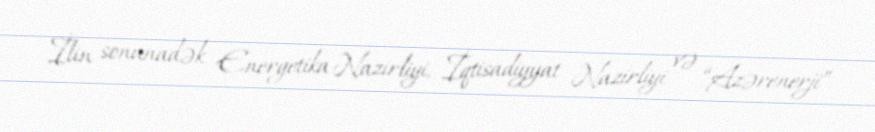
İlin sonunadək Energetika Nazirliyi, İqtisadiyyat Nazirliyi və “Azərenerji”